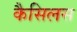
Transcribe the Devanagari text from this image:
कैसिलस